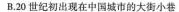
B20世纪初出现在中国城市的大街小巷